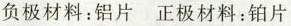
负极材料：铝片正极材料：铂片